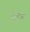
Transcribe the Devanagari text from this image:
हेलपाटं